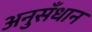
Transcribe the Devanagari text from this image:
अनुसँधान